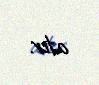
atır.